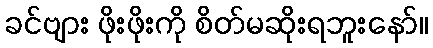
ခင်ဗျား ဖိုးဖိုးကို စိတ်မဆိုးရဘူးနော်။